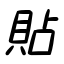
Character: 貼